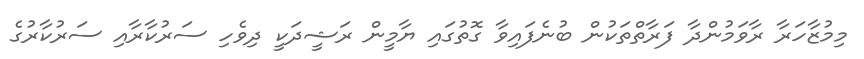
މިމުޒާހަރާ ރާވަމުންދާ ފަރާތްތަކުން ބުނެފައިވާ ގޮތުގައި ޔާމީން ރަޝީދަކީ ދިވެހި ސަރުކާރާއި ސަރުކާރުގެ